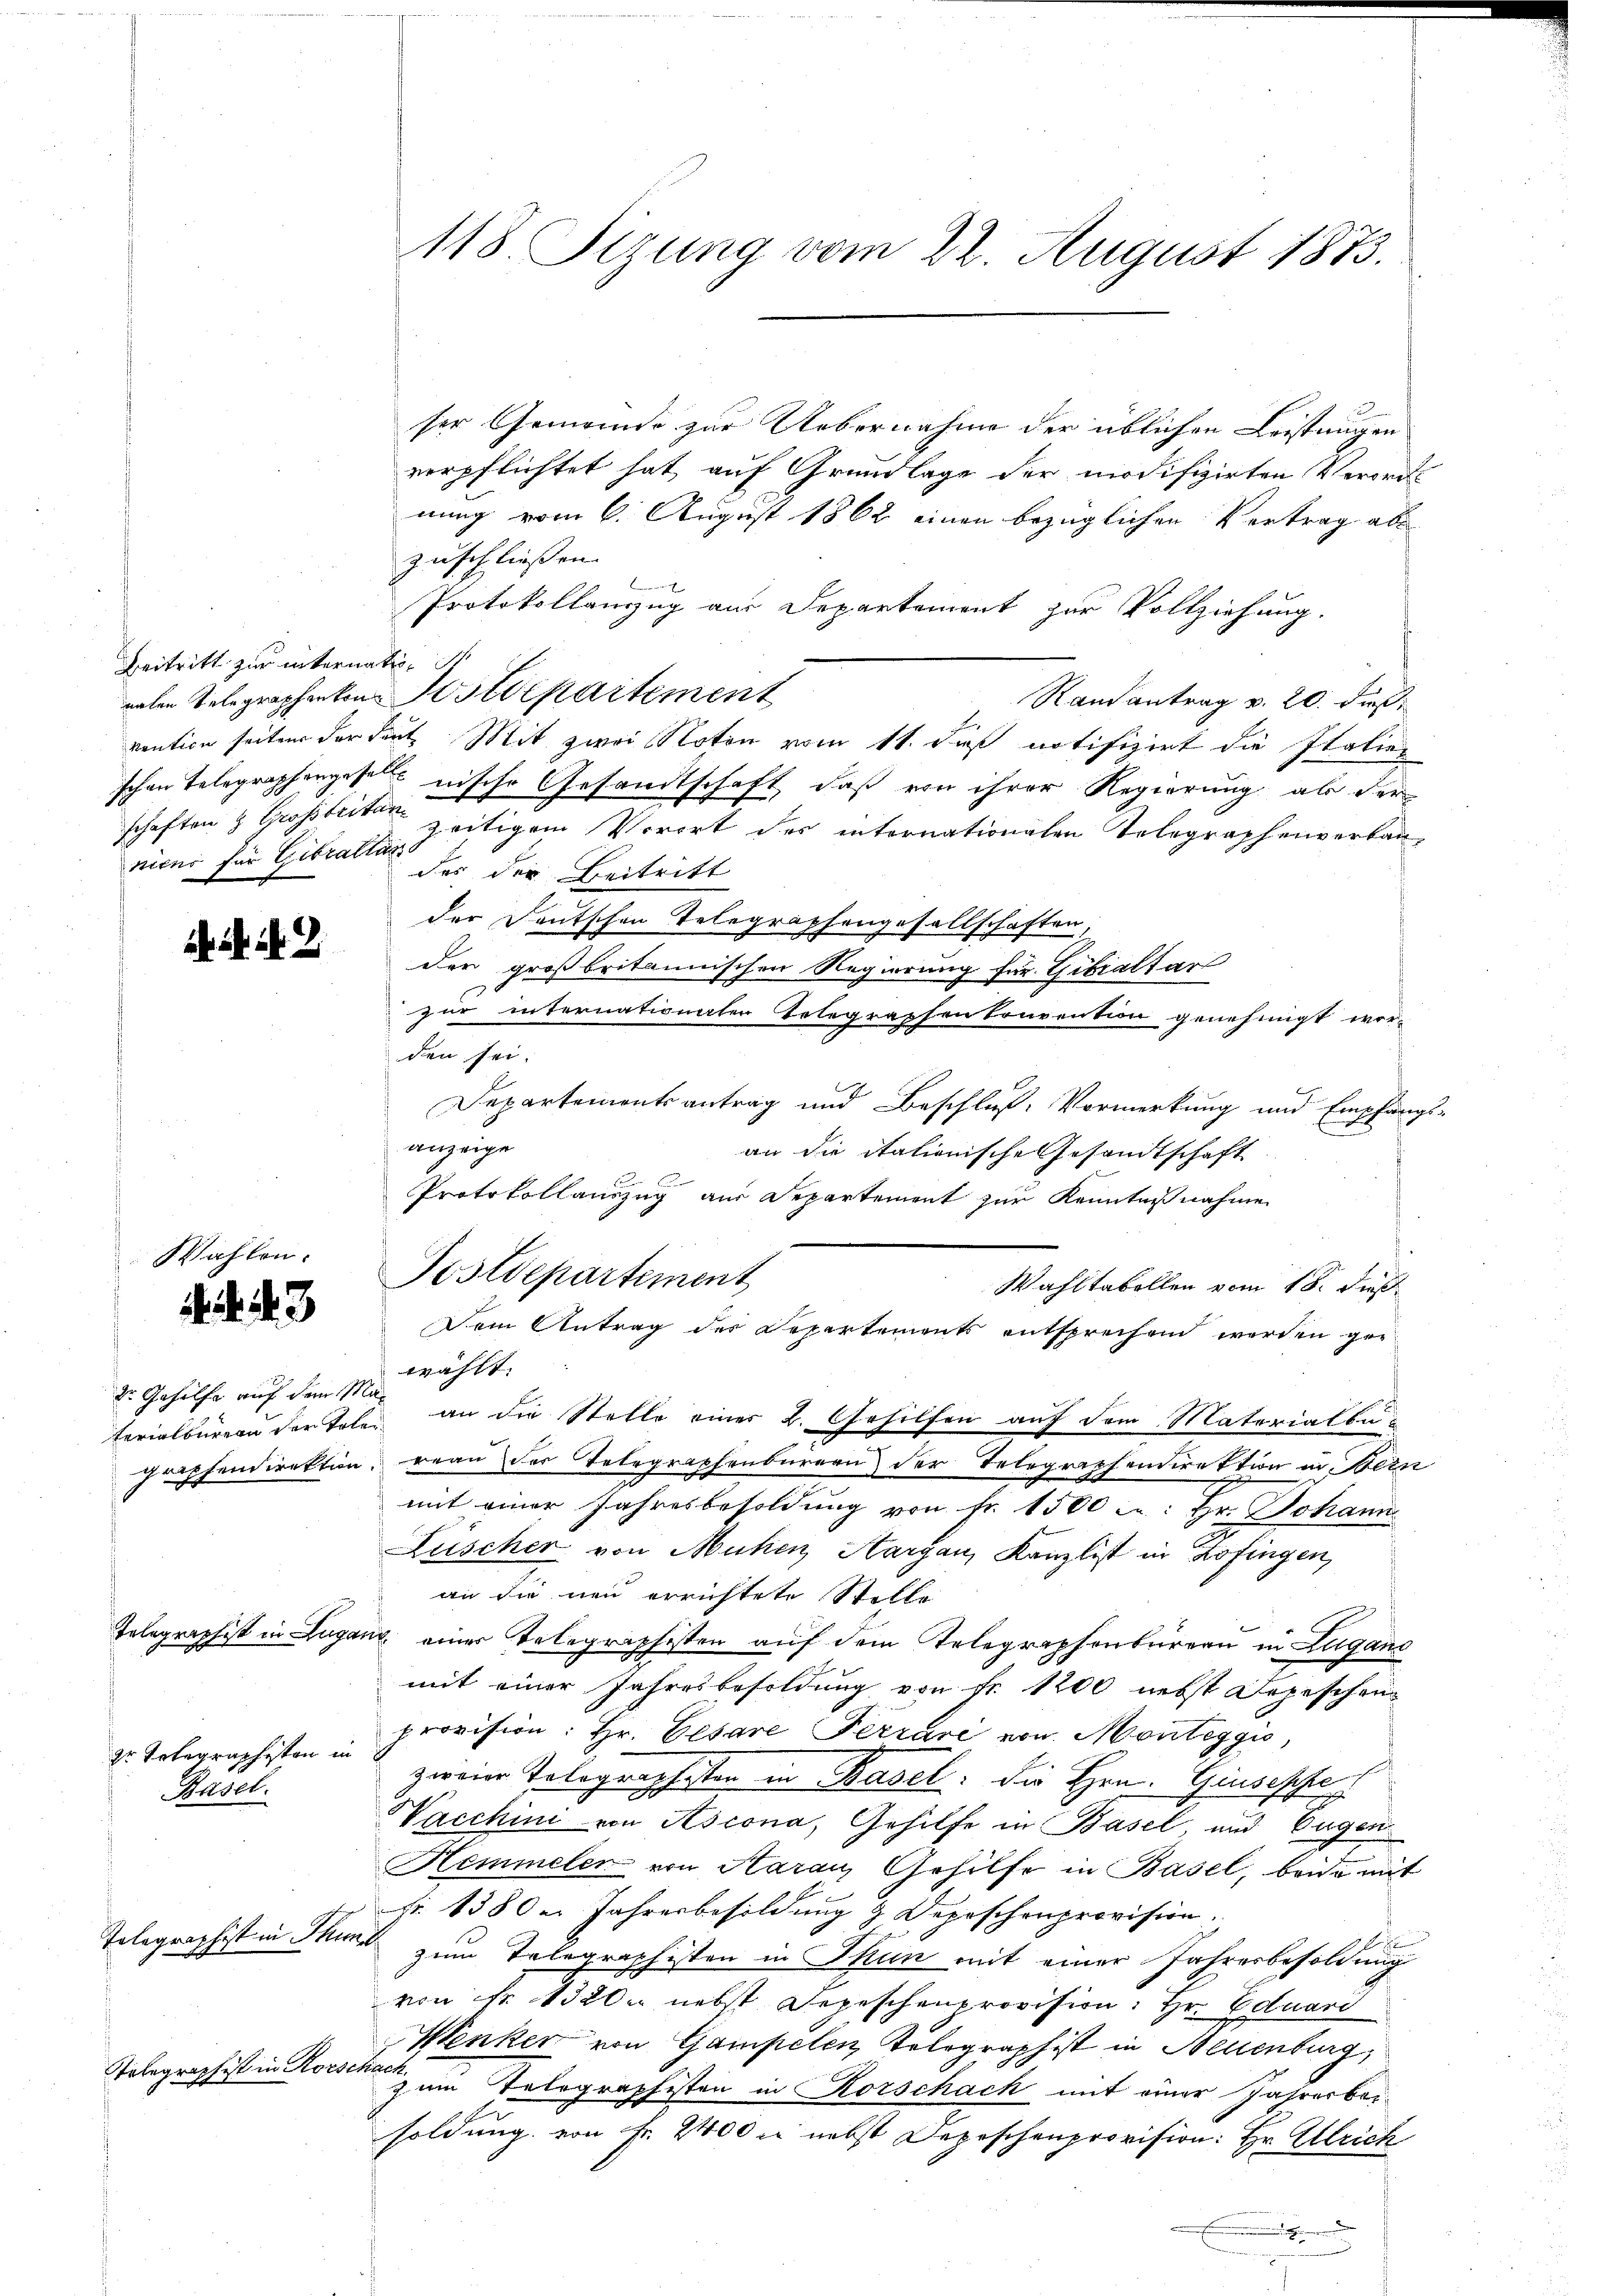
Beitritt zur internation
schaften & Grossbritan
nicus für Gibratlan

Dr Totegraphisten in
Basel.

. . 43

Dr. Gehülfe auf dem Ma¬

Telegraphist in Thun

1. 24. No. 2

Telegraphist in No

ser Gemeinde zur Uebernahme der üblichen Leistungen
verpflichtet hat auf Grundlage der modifizirten Verordnung vom 6. August 1862 einen bezüglichen Vertrag ab
zuschließen.
Protokollanzug aus Departement zur Vollziehung.
nalen Telegraphenten Postdepartement
Ramantrag v. 20. dieß
ventice seiten der Leute Mit zwei Noton vom 11. daß notifizirt die Italien
schon Telegraphengese, nische Gesandtschaft, daß von ihrer Regierung als der
zeitigem Vorirt des internationalen Telegraphenverbaudes der Beitritt
der Deutschen Telegraphengesellschaften,
der großbritannischen Regierung für Gibialtar
zur internationalen Telegraphen Convention genehmigt wor-
den sei.
Departementsantrag und Beschluß Vormerkung und Empfangs-
anzeige
an die italionische Gesandtschaft
Protokollauszug aus Departement zur Kenntnißnahme
Wahltabellen vom 18. Fuß.
Dem Antrag des Departements entsprechen werden gewählt.
terialbüreau der Talen an die Stelle einer 2. Gehilfen auf dem Materialtung
Grophendirektion, reau der Telegraphenbureau der Telegraphendirektion in Bern
mit einer Jahresbesoldung von Fr. 1500 f: Hr. Johann
Lüscher von Mühen Aargau, Kanzlist in Zofingen,
an die neu errichtete Stelle
Tolographist in Luganz einer Telegraphisten auf dem Telegraphenbüreau in Lugano
mit einer Jahresbesoldung von Fr. 1200 nebst Depeschen
provision: Hr. Cesare Ferrare von Monteggis,
zweier Tolographesten in Basel. Die Hrn. Giusepha
Sacchini von Ascona, Gehilfe in Basel und Eugen
Hemmeler von Aarau Gehülfe in Basel, beide mit
Fr. 1380 u. Jahresbesoldung & Depeschenprovision.
zum Telegraphisten in Thun mit einer Jahresbesoldung
von Fr. 120 nebst Depeschenprovision: Hr. Eduard
Wenker von Gampelen, Kolographist in Neuenburg,
Schach
zum Telegraphisten in Korschach mit einer Jahresbei-
soldung von Fr. 2400 M nebst Depeschenprovision: Hr. Ulrich
.

118. Sizung vom 22. August 1873.

Postdepartement